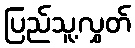
ပြည်သူ့လွှတ်